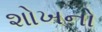
શોખનો